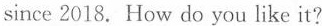
since 2018. How do you like it?